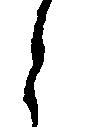
と